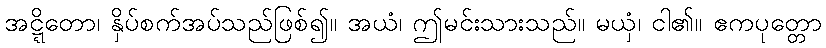
အဋ္ဋိတော၊ နှိပ်စက်အပ်သည်ဖြစ်၍။ အယံ၊ ဤမင်းသားသည်။ မယှံ၊ ငါ၏။ ဧကပုတ္တော